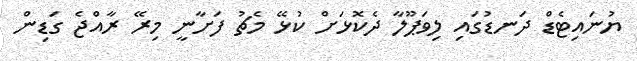
ޔުނައިޓެޑް ދަނޑުގައި ލިވަޕޫލާ ދެކޮޅަށް ކުޅޭ މެޗު ފަށާނީ މިރޭ ރާއްޖެ ގަޑިން